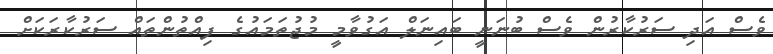
ވެސް އަދި ސަރުކާރުން ވެސް ބުނަނީ ބައިނަލް އަގުވާމީ މުޖުތަމައުގެ ފިއްތުންތައް ސަރުކާރަކަށް